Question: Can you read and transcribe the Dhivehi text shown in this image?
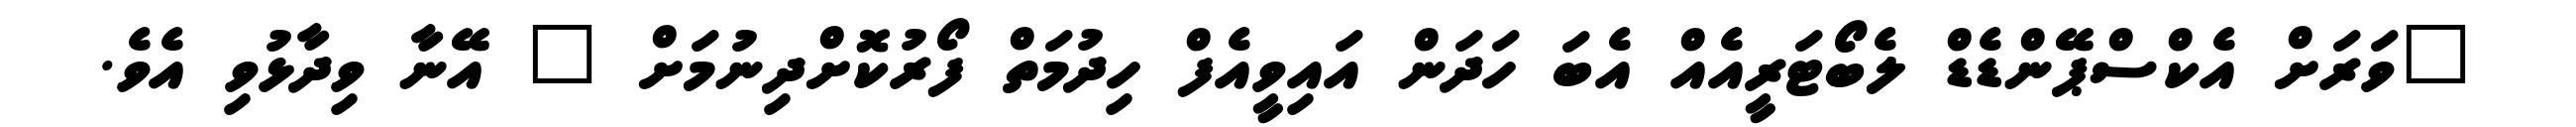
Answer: "ވަރަށް އެކްސްޕޭންޑެޑް ލެބޯޓަރީއެއް އެބަ ހަދަން އައިވީއެފް ހިދުމަތް ފޯރުކޮށްދިނުމަށް " އޭނާ ވިދާޅުވި އެވެ.